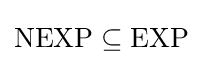
\mathrm {NEXP} \subseteq \mathrm {EXP}